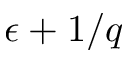
\epsilon + 1 / q